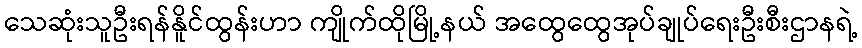
သေဆုံးသူဦးရန်နိူင်ထွန်းဟာ ကျိုက်ထိုမြို့နယ် အထွေထွေအုပ်ချုပ်ရေးဦးစီးဌာနရဲ့